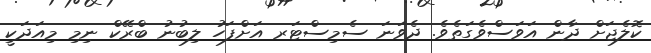
ކޮލެޖަށް ދާން އަވަސްވެގަތެވެ. ދެވަނަ ސެމިސްޓަރ އަށްފަހު ލިބުނު ބްރޭކް ނިމި މިއަދަކީ